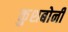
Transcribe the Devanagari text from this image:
कुशबोनी